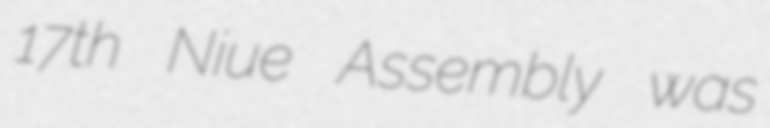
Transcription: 17th Niue Assembly was